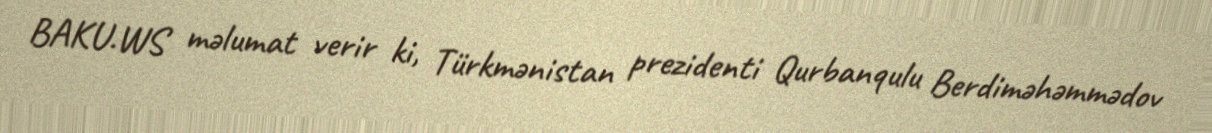
BAKU.WS məlumat verir ki, Türkmənistan prezidenti Qurbanqulu Berdiməhəmmədov